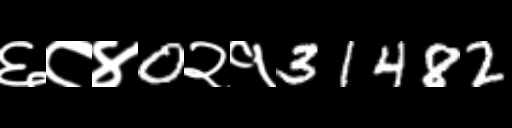
Text: ६८४0२१31482